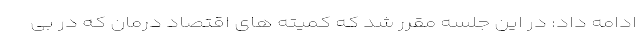
ادامه داد: در این جلسه مقرر شد که کمیته های اقتصاد درمان که در بی